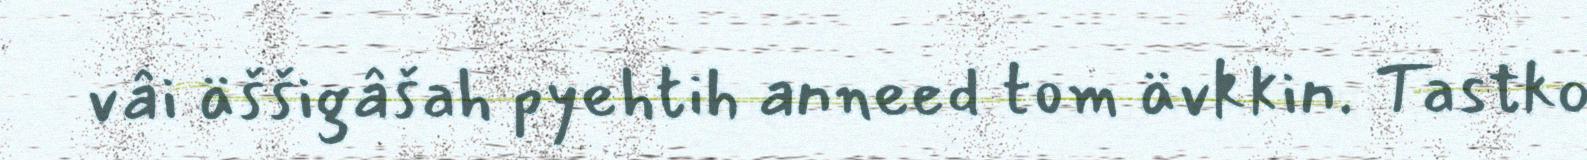
vâi äššigâšah pyehtih anneed tom ävkkin. Tastko